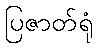
ပြဇာတ်ရုံ